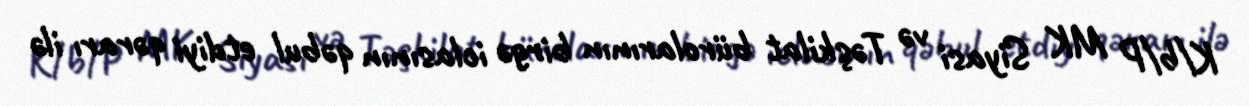
K/b/P MK Siyasi və Təşkilat bürolarının birgə iclasının qəbul etdiyi qərarı ilə